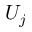
U _ { j }